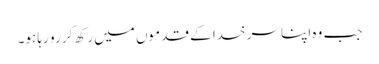
جب وہ اپنا سر خدا کے قدموں میں رکھ کر رو رہا ہو۔